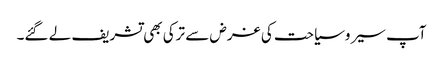
آپ سیروسیاحت کی غرض سے ترکی بھی تشریف لے گئے۔